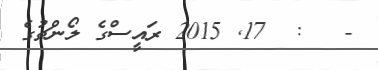
-   :  17